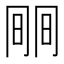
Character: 𣇱